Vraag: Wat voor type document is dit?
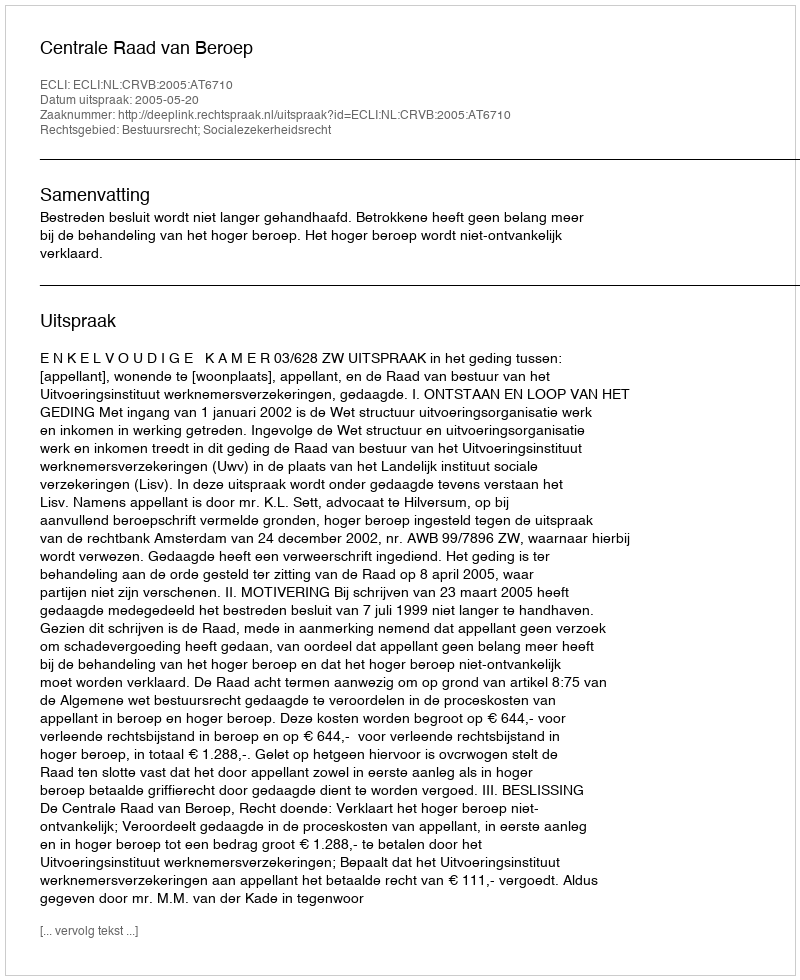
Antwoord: Uitspraak